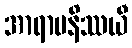
အာရာမနိဿယီ